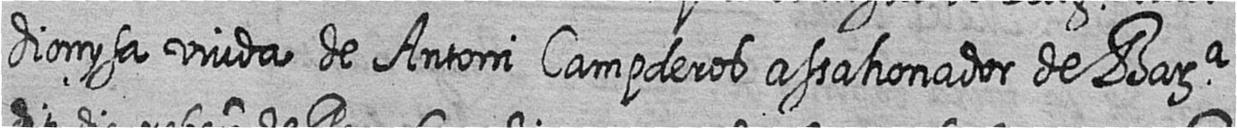
dionysa viuda de Antoni Campderos assahonador de Bara